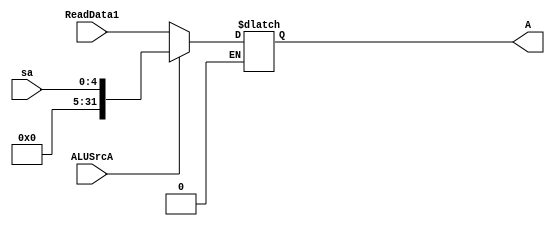
module ALUSrcASelector(
    input ALUSrcA,
    input[4:0] sa,
    input [31:0]ReadData1,
    output reg[31:0]A
    );
    always@(ALUSrcA)
    begin
        if(ALUSrcA==0)
        begin
            A=ReadData1;
         end
         
         else if(ALUSrcA==1)
         begin
            A={{27{0}},sa};
         end
    end
endmodule